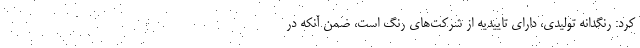
کرد: رنگدانه تولیدی، دارای تاییدیه از شرکت‌های رنگ است، ضمن آنکه در